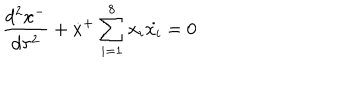
LaTeX: \frac { d ^ { 2 } x ^ { - } } { d \tau ^ { 2 } } + \dot { x } ^ { + } \sum _ { i = 1 } ^ { 8 } x _ { i } \dot { x _ { i } } = 0